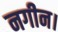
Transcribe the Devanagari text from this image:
नगीन।